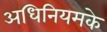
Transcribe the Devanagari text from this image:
अधिनियमके